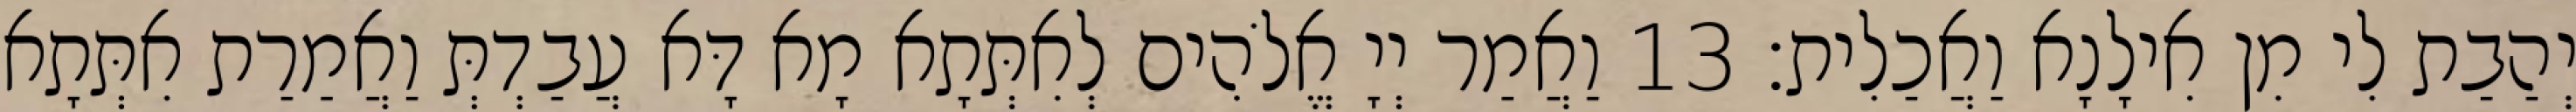
יְהַבַת לִי מִן אִילָנָא וַאֲכַלִית׃ 13 וַאֲמַר יְיָ אֱלֹהִים לְאִתְּתָא מָא דָּא עֲבַדְתְּ וַאֲמַרַת אִתְּתָא